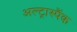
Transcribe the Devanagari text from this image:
अल्ट्रास्पैंक